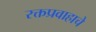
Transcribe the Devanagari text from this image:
रक्तप्रवाहाचे